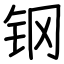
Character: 钢